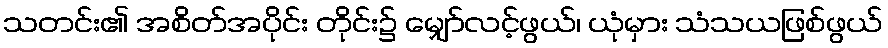
သတင်း၏ အစိတ်အပိုင်း တိုင်း၌ မျှော်လင့်ဖွယ်၊ ယုံမှား သံသယဖြစ်ဖွယ်